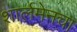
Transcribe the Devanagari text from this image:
शार्लमेनचा